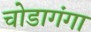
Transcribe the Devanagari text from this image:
चोडागंगा